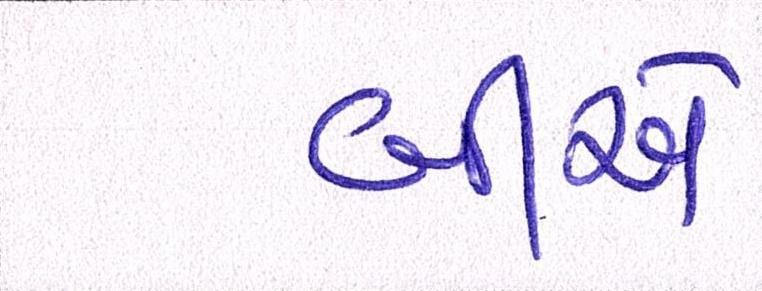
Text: બીએ